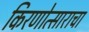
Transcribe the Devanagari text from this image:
किरणोत्साराचा